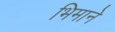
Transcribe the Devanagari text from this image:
भिमानेे